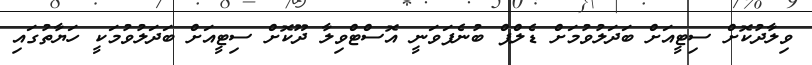
ވިލާދުކޮށް ސިޓީއަށް ބަދަލުވުމަށް ޑެލްޕް ބުނެފަވަނީ އޮސްޓްވިލާ ދޫކޮށް ސިޓީއަށް ބަދަލުވުމަކީ ހަޔާތުގައި